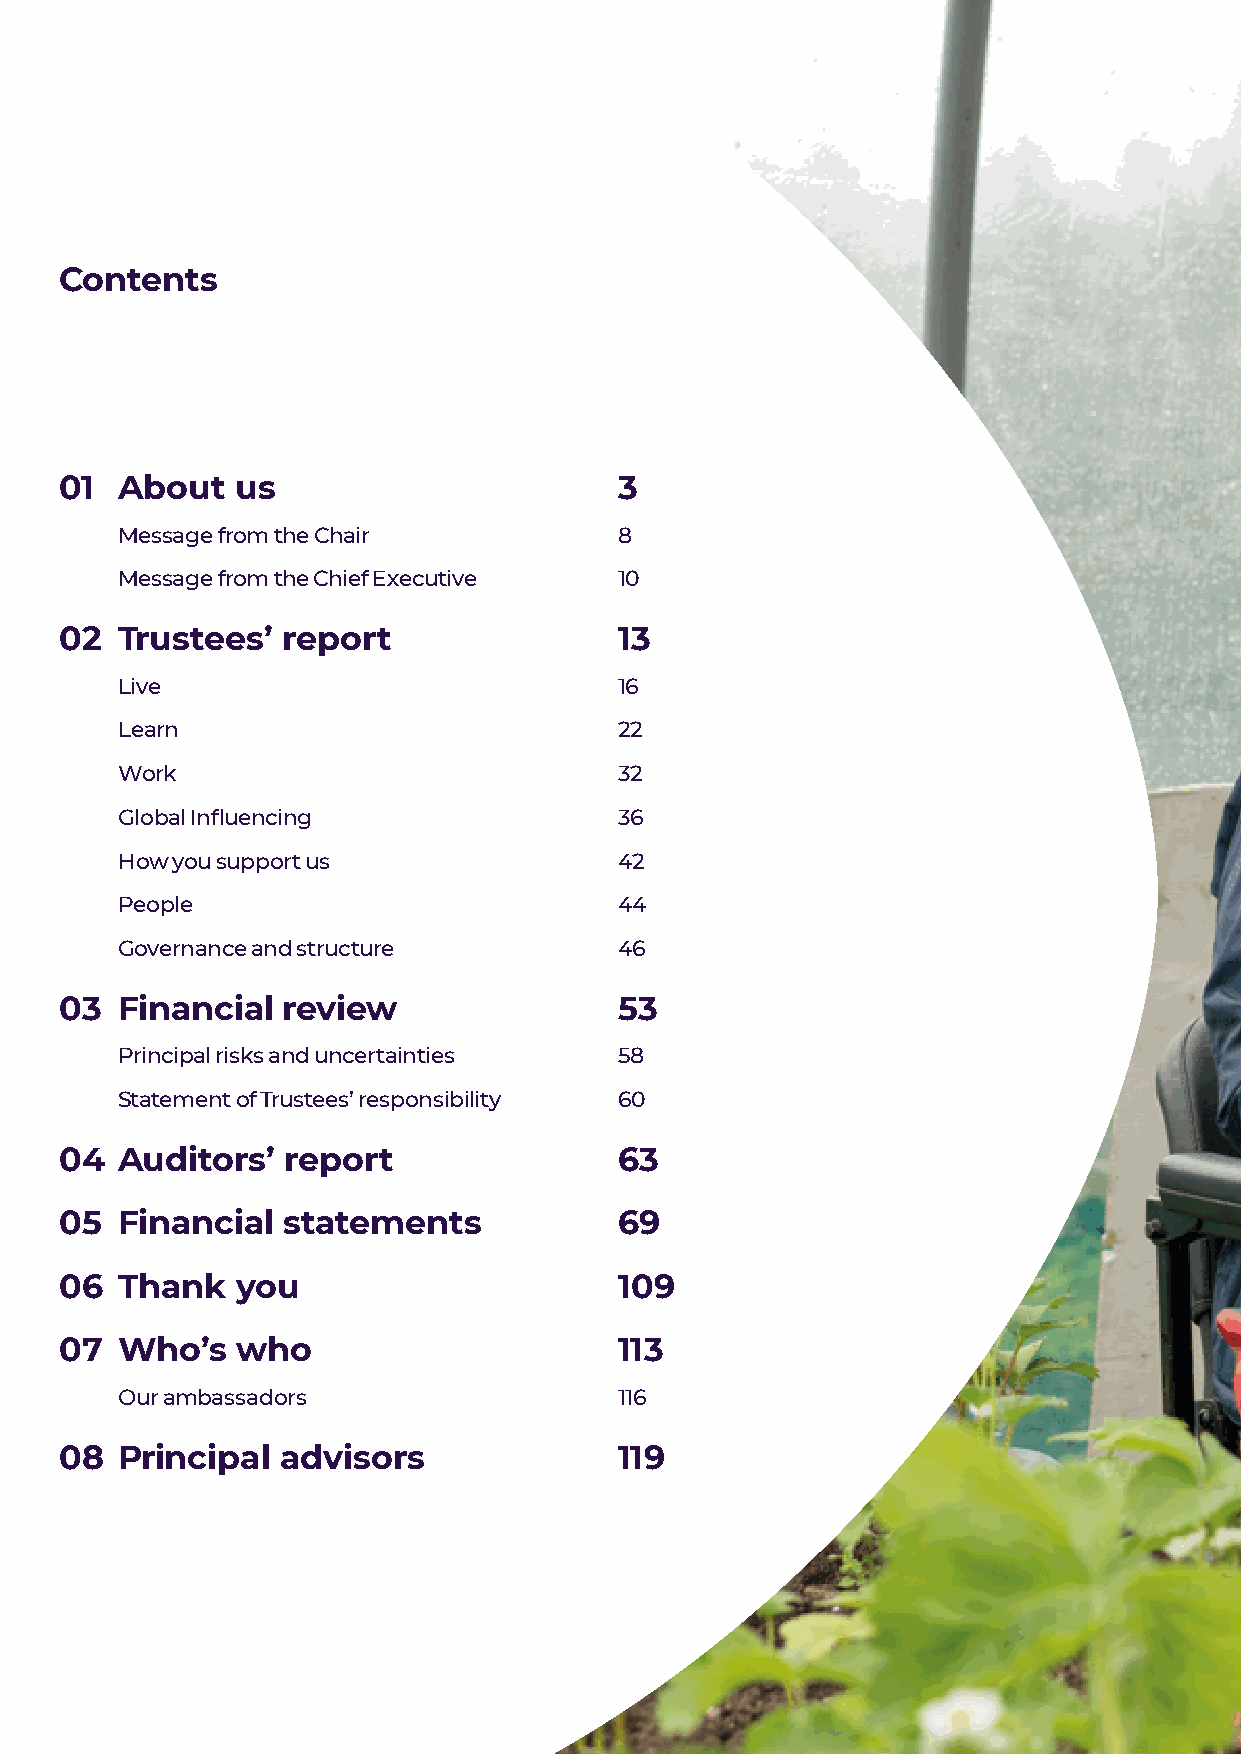
Contents
 01  About   us                       3
 Message from the Chair           8
 Message from the Chief Executive 10
 02  Trustees’  report                13
 Live                             16
 Learn                            22
 Work                             32
 Global Influencing               36
 How you support us               42
 People                           44
 Governance and structure         46
 03  Financial  review                53
 Principal risks and uncertainties 58
 Statement of Trustees’ responsibility 60
 04  Auditors’  report                63
 05  Financial  statements            69
 06  Thank   you                      109
 07  Who’s   who                      113
 Our ambassadors                  116
 08  Principal  advisors              119